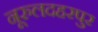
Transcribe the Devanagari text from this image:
नूरुलदहरपुर